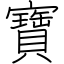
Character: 寶